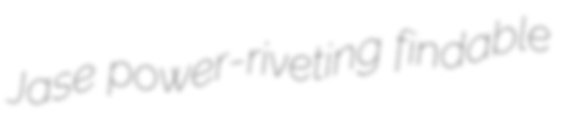
Jase power-riveting findable